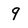
Character: 9